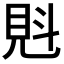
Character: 𧠕